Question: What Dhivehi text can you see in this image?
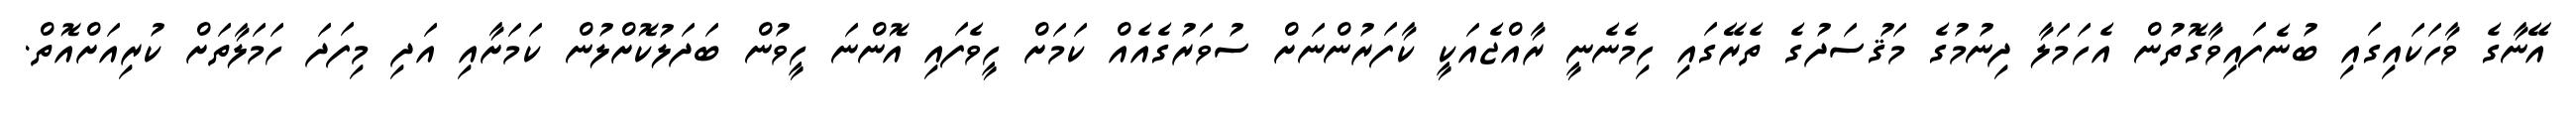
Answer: އޭނާގެ ވާހަކައިގައި ބުނެފައިވާގޮތުން އެހަމަލާ ދިނުމުގެ މަޤުސަދުގެ ތެރޭގައި ހިމެނެނީ ރާއްޖެއަކީ ކާފަރުންނަށް ސުވަރުގެއެއް ކަމަށް ހީވެފައި އޮންނަ ހީވުން ބަދަލުކޮށްލުން ކަމަށާއި އަދި މިފަދަ ހަމަލާތަށް ކުރިއަށްއޮތް.